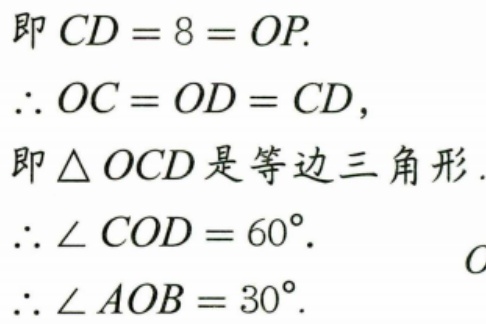
即\(CD = 8 = OP\).
\(\therefore OC = OD = CD\)，
即\(\triangle OCD\)是等边三角形.
\(\therefore \angle COD = 60^{\circ}\).
\(\therefore \angle AOB = 30^{\circ}\).